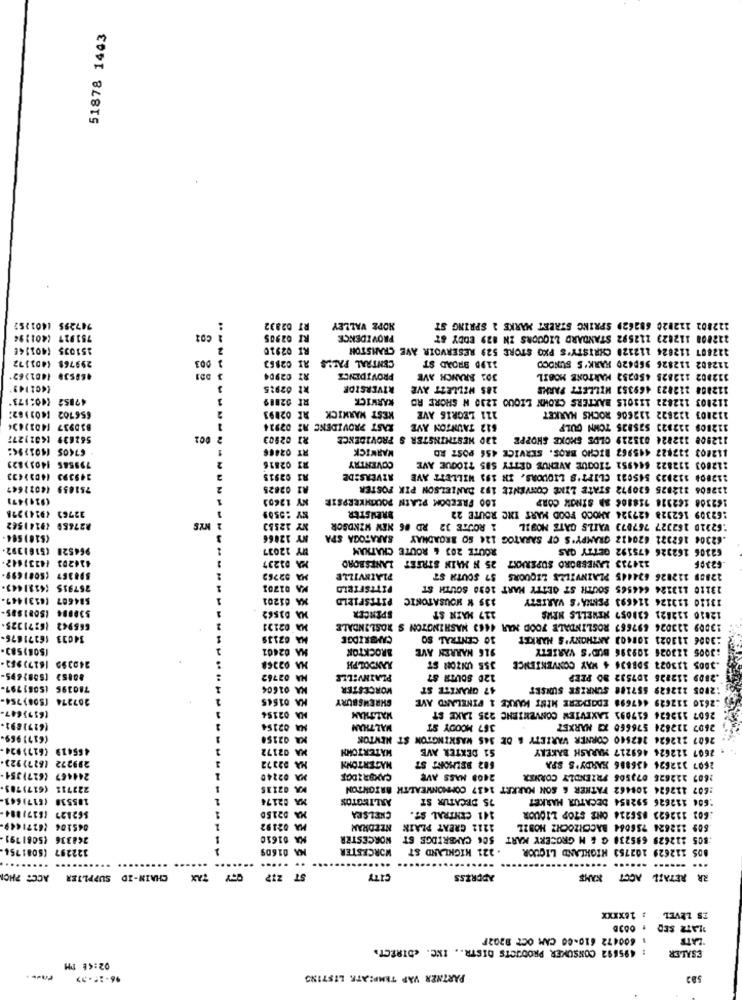
51878 1443
747295 1401252
T 02832
HOPE VALLEY
122802 112020 682629 SPRING STREET MARKE 2 SPRING ST
751927 (401194
I 02905
PROVIDENCE
222008 112023 112592 STANDARD LIQUORS IN 829 BODY &T
151035 (401146
2
RI 02910
122807 112024 112120 CHRISTY'S PKO STORE 529 RESERVOIR AVE CRANSTON
299768 4401172
003
CENTRAL FALLS
1190 BROAD ST
112802 112826 969420 HARK'S SUNOCO
AI 02863
46OS3. (401262'
RI 02904
PROVIDENCE
301 BRANCH AVE
312802 112823 450232 MARTONE MOBIL
3
1 02915
RIVERSIDE
285 WILLEZT AVE
112808 212823 469353 MILLEET PARKS
(40:173"
47852
3
RI 02889
KARWICK
112003 122822 133015 BAXTERS CROWN LIQUO 1230 N SHORE RD
KEST MARKICK
112003 122822 112606 ROCKS MARKET
656702 [40)182:
RR 02093
111 LEGRIS AVE
830937 (402)434
RAST PROVIDENC AZ 02924
612 TAUNTON AVE
112808 212823 525825 TONN GULF
562639 [601)277
001
RI 02903
120 WESTMINSTER S PROVIDENCE
112508 122824 035229 OLDS SMOKE SHOPPE
67405 1401>94:
RT 02466
WARWICK
112003 112827 445967 BICHO BROS. SERVICE 456 POST RD
:12803 112822 644951 710QUE AVENUE GETTY SBS 710QUE AVE
799585 1401)823
RI 02816
COVENTRY
149393 (40))433
RI 02915
AZVERS:DE
21280# 112023 545021 CLIFT'S LIQUORS. IN 199 WILLETT AVE
751859 44021647
R2 02825
122806 112825 620972 STATE LIKE CONVENŽE 192 DANIELSON PIK FOSTER
(924)47)
KY 12603
100 FREEDOM PLAIN POUGHKEEPSIE
162308 162318 718306 SB SİNOK CORP
BREWSTER
162309 162328 427324 AMOCO FOOD MART INC ROUTE 22
32763 (914)278
82765# (9141562
NY 12553
62310 162327 767873 WAILS GATE MOBIL 1 ROUTE 32 RD #6 NEW WINDSOR
($10)504
NY 12866
62304 162321 620422 GRAMPY'S CF SARATOG 124 SO BROADWAY SARATOGA SPA
(5161392
964528
HY 12037
ROUTE 203 6 ROUTE CHATHAM
62106 162326 475192 GETTY GAS
414203 (4231642.
MA 01237
25 H MAIN STREET LANESBORO
124733 LANESBORO SUPERKKT
62306
598367 (5081699-
MA 02762
PLAINVILLE
12808 122826 624445 PLAINVILLE LIQUORS 57 SOUTH ST
:4331443-
757915
KA 01201
PITTSFIELD
13110 113126 644565 SOUTH ST GETTY MART 1030 SOUTH ST
584607 (6131449.
01201
PITTSFIELD
135 K HOUSATONIC
13120 113126 114693 PENNA'S VARIETY
$3.8.4 (SONISES-
SPENCER
117 MAIN ST
12810 112821 620057 NEWELLS NEWS
665942 16:71325
MA 02131
13009 123026 697657 ROSLINDALE FOOD NAR 4463 WASHINGTON S ROSLINDALE
34033 16371676-
MA 02135
CAMBRIDGE
30 CENTRAL SO
:3006 113021 101403 ANTHONY'S MARKET
MA 02401
BROCKTON
916 NARREN AVE
:3005 113026 109396 BUD'S VARIETY
240399 1617)953-
HA 02368
3005 113022 SDB836 4 WAY CONVENIENCE
JANDOLPH
355 UNZON ST
80852 [5081695-
HA 02762
PLAINVILLE
120 SOUTH 87
.2809 112225 107532 90 PEEP
780395 15081797.
KA 01604
WORCESTER
47 GRANITE ST
:2005 122629 557188 SUNRISE SUNSET
307274 (S08) 754-
KA 01545
SHREWSBURY
:2610 112625 447698 EDGEMERE MINT KARKE 1 FINELAND AVE
(617)647-
2607 112626 617091 LAKEVIEW CONVENIENC 225 LAKE ST
02154
WALTHAM
(6171891-
NA 02154
MAL THAN
367 MOODY ST
2607 112624 576660 X3 MARKET
(6171969-
KA 02150
2607 212626 382540 CORNER VARIETY & DE 345 WASKINGTON ST NEMTOK
465419 (6275924-
MA 02172
WATERTOHN
S1 DEXTER AVE
. 2607 122626 469217 MARASH BAKERY
299272 (627)923.
582 BELMONT ST
2607 322624 436886 HARDY'S SPA
NA #2372
MAGERTONN
244467 (627)354.
MA 02240
CAMBRIDGE
2408 MASS AVE
1607 222626 673508 FRIENDLY CORNER
222711 (617)783.
KA 02115
:607 112624 108462 FATHER & SON MARKET 1437 COMMONWEALTH BRTONTON
105538 (617)661.
MA 02174
ARLINGTON
75 DECATUR ST
:604 112626 592854 DECATUR MARKET
$62827 18271884-
MA 02150
CHELSEA
141 CENTRAL ST.
:603 112622 856214 ONE STOP LIQUOR
045106 26271449-
MA 02192
NEEDHAM
1212 GREAT PLAIN
609 112624 756064 BACCHZOCHZ MOBIL
268336 (5081791.
KA 01610
WORCESTER
506 CAMBRIDGE ST
:805 212629 685230 G & M GROCERY KART
122297 (5081754.
KA 01609
WORCESTER
. 221 HIGHLAND ST
BOS 112629 102753 HIGHLAND LIQUOR
.....
ACC: PHCI
CHAIN-ID SUPPLIER
TAX
ST 217
CITY
ADDRESS
RETAIL ACCT XAMS
ZR
: 16XXXX
ES LEVEL
PLATZ SED
1 600472 610-00 CAM OCT 9202F
"ZATE
: 495892 CONSUMER PRODUCTS DISTR .. INC. «DIRECT.
ESALER
02:48 PM
96-15->>
PARTNER VAP TEMPLATE LISTING
582